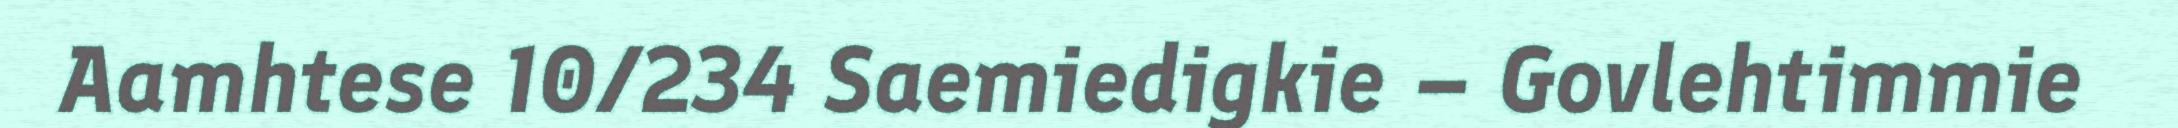
Aamhtese 10/234 Saemiedigkie – Govlehtimmie